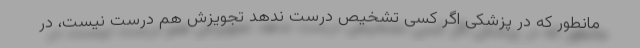
مانطور که در پزشکی اگر کسی تشخیص درست ندهد تجویزش هم درست نیست، در